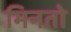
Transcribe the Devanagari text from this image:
मिनतो